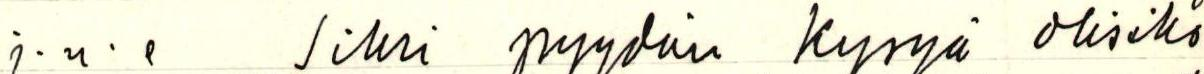
j.n.e Siksi pyydän kysyä olisiko